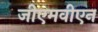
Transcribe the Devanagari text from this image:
जीएमवीएन